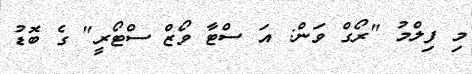
މި ފިލްމު "ރޯގް ވަން: އަ ސްޓާ ވޯޒް ސްޓޯރީ" ގެ ބޮޑު